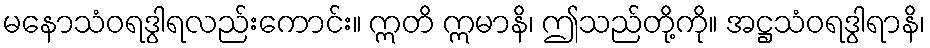
မနောသံဝရဒွါရလည်းကောင်း။ ဣတိ ဣမာနိ၊ ဤသည်တို့ကို။ အဋ္ဌသံဝရဒွါရာနိ၊